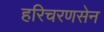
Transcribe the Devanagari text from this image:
हरिचरणसेन